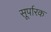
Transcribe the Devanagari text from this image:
सूर्पारक